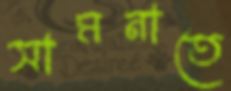
সামনাতে